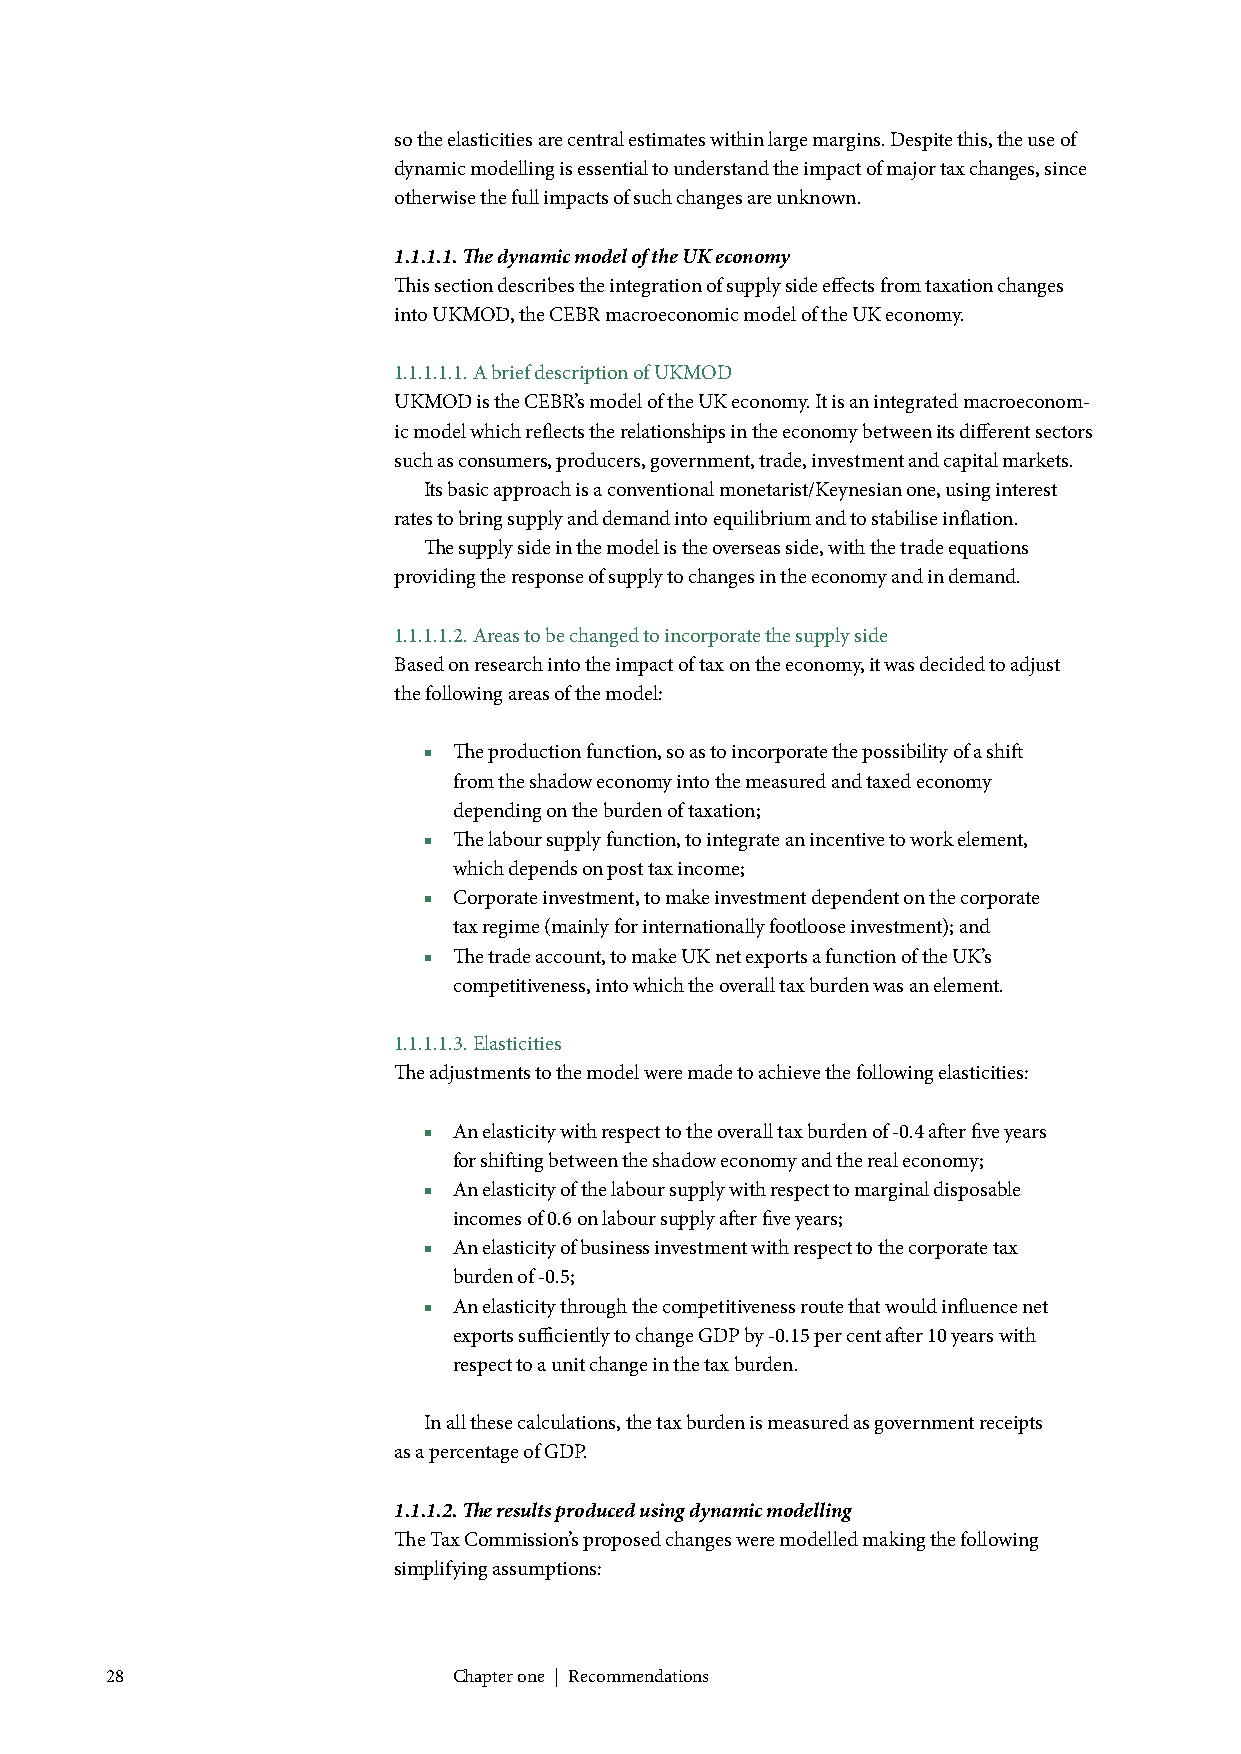
so the elasticities are central estimates within large margins. Despite this, the use of
 dynamic modelling is essential to understand the impact of major tax changes, since
 otherwise the full impacts of such changes are unknown.
 1.1.1.1. The dynamic model of the UK economy
 This section describes the integration of supply side effects from taxation changes
 into UKMOD, the CEBR macroeconomic model of the UK economy.
 1.1.1.1.1. A brief description of UKMOD
 UKMOD is the CEBR’s model of the UK economy. It is an integrated macroeconom-
 ic model which reflects the relationships in the economy between its different sectors
 such as consumers, producers, government, trade, investment and capital markets.
 Its basic approach is a conventional monetarist/Keynesian one, using interest
 rates to bring supply and demand into equilibrium and to stabilise inflation.
 The supply side in the model is the overseas side, with the trade equations
 providing the response of supply to changes in the economy and in demand.
 1.1.1.1.2. Areas to be changed to incorporate the supply side
 Based on research into the impact of tax on the economy, it was decided to adjust
 the following areas of the model:
 ■ The production function, so as to incorporate the possibility of a shift
 from the shadow economy into the measured and taxed economy
 depending on the burden of taxation;
 ■ The labour supply function, to integrate an incentive to work element,
 which depends on post tax income;
 ■ Corporate investment, to make investment dependent on the corporate
 tax regime (mainly for internationally footloose investment); and
 ■ The trade account, to make UK net exports a function of the UK’s
 competitiveness, into which the overall tax burden was an element.
 1.1.1.1.3. Elasticities
 The adjustments to the model were made to achieve the following elasticities:
 ■ An elasticity with respect to the overall tax burden of -0.4 after five years
 for shifting between the shadow economy and the real economy;
 ■ An elasticity of the labour supply with respect to marginal disposable
 incomes of 0.6 on labour supply after five years;
 ■ An elasticity of business investment with respect to the corporate tax
 burden of -0.5;
 ■ An elasticity through the competitiveness route that would influence net
 exports sufficiently to change GDP by -0.15 per cent after 10 years with
 respect to a unit change in the tax burden.
 In all these calculations, the tax burden is measured as government receipts
 as a percentage of GDP.
 1.1.1.2. The results produced using dynamic modelling
 The Tax Commission’s proposed changes were modelled making the following
 simplifying assumptions:
 28                     Chapter one | Recommendations